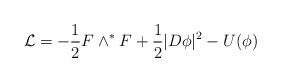
LaTeX: \begin{align*}{\mathcal L} =-\frac{1}{2} F\wedge^*F +\frac{1}{2} |D\phi|^2 -U(\phi )\end{align*}